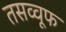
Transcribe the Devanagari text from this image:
तसव्वूफ